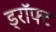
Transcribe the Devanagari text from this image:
ड्रॉफ्ट